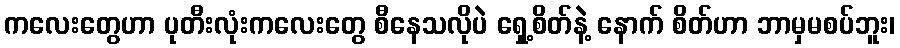
ကလေးတွေဟာ ပုတီးလုံးကလေးတွေ စီနေသလိုပဲ ရှေ့စိတ်နဲ့ နောက် စိတ်ဟာ ဘာမှမစပ်ဘူး၊